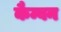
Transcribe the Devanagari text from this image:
कैम्बन